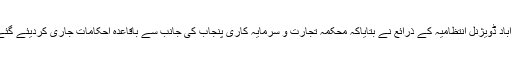
فیصل آباد ڈویژنل انتظامیہ کے ذرائع نے بتایاکہ محکمہ تجارت و سرمایہ کاری پنجاب کی جانب سے باقاعدہ احکامات جاری کردیئے گئے ہیں ۔